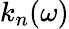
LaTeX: k_{n}(\omega)